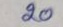
20